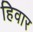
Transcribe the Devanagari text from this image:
हिवार